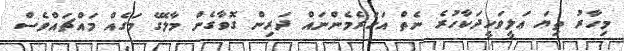
މިހާރު ތިޔަ ޢަލީވަހީދަކާހުރެ ނެތް އަހަރެމެންނައް ދަރިން ގޮވާގެން މާލޭގެ މަގެއް މައްޗައްވެސް